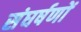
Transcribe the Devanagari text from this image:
संघर्षणों